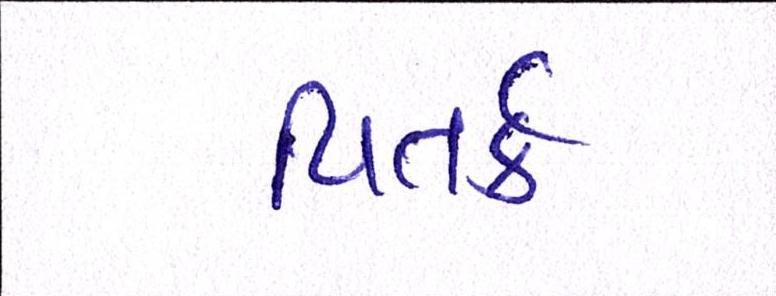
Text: વિતર્ક